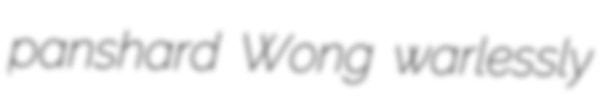
panshard Wong warlessly